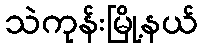
သဲကုန်းမြို့နယ်